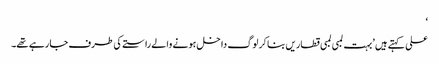
‘
علی کہتے ہیں ’بہت لمبی لمبی قطاریں بنا کر لوگ داخل ہونے والے راستے کی طرف جا رہے تھے۔